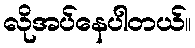
လိုအပ်နေပါတယ်။